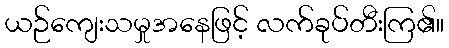
ယဉ်ကျေးသမှုအနေဖြင့် လက်ခုပ်တီးကြ၏။